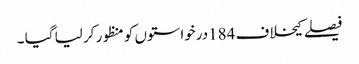
فیصلے کیخلاف 184درخواستوں کو منظور کر لیا گیا ۔